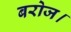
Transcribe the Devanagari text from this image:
बरोज।